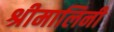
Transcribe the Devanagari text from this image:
श्रीमालिनी